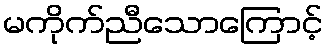
မကိုက်ညီသောကြောင့်